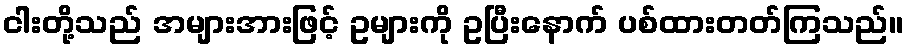
ငါးတို့သည် အများအားဖြင့် ဥများကို ဥပြီးနောက် ပစ်ထားတတ်ကြသည်။